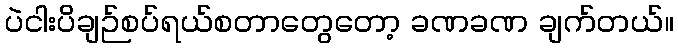
ပဲငါးပိချဉ်စပ်ရယ်စတာတွေတော့ ခဏခဏ ချက်တယ်။